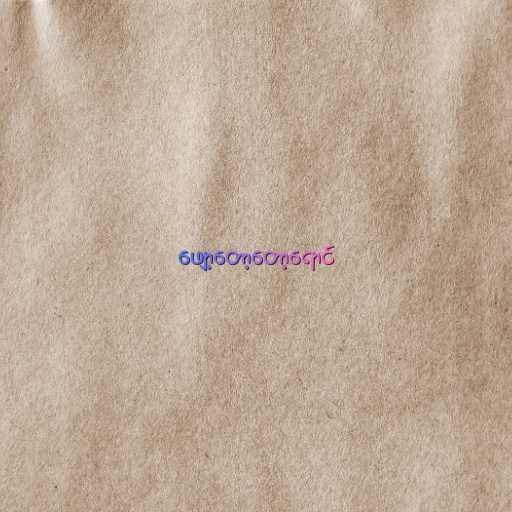
ဖျော့တော့တော့ရောင်